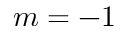
m = - 1